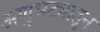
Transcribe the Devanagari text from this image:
अणुभट्यातून